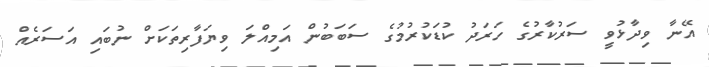
އޭނާ ވިދާޅުވީ ސަރުކާރުގެ ހަރަދު ކުޑަކުރުމުގެ ސަބަބުން އަމިއްލަ ވިޔަފާރިތަކަށް ނުބައި އަސަރެއް